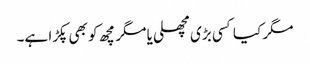
مگر کیا کسی بڑی مچھلی یا مگر مچھ کو بھی پکڑا ہے۔